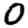
Digit: 0